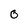
Character: o